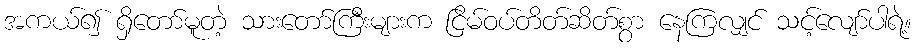
အကယ်၍ ရှိတော်မူတဲ့ သားတော်ကြီးများက ငြိမ်ဝပ်တိတ်ဆိတ်စွာ နေကြလျှင် သင့်လျော်ပါရဲ့။